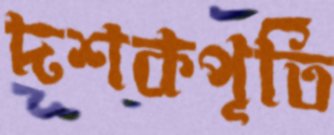
দশকপূর্তি